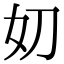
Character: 𭑪